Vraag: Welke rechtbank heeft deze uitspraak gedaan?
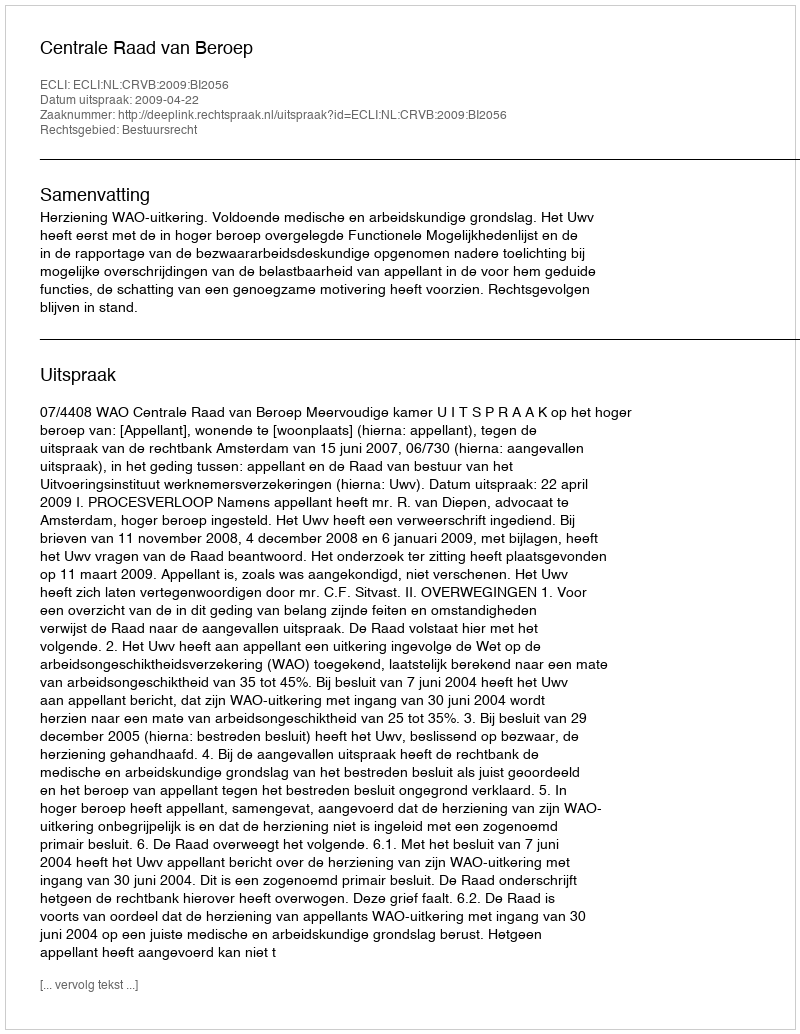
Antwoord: Centrale Raad van Beroep